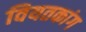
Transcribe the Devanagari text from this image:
वियतकांग